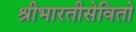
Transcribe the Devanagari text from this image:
श्रीभारतीसेवितो